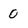
Character: 0